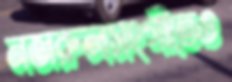
নজরুলসংগীতেও